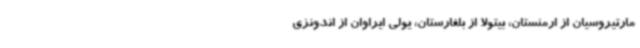
مارتیروسیان از ارمنستان، بیتولا از بلغارستان، یولی ایراوان از اندونزی